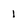
Character: I